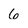
Character: 6